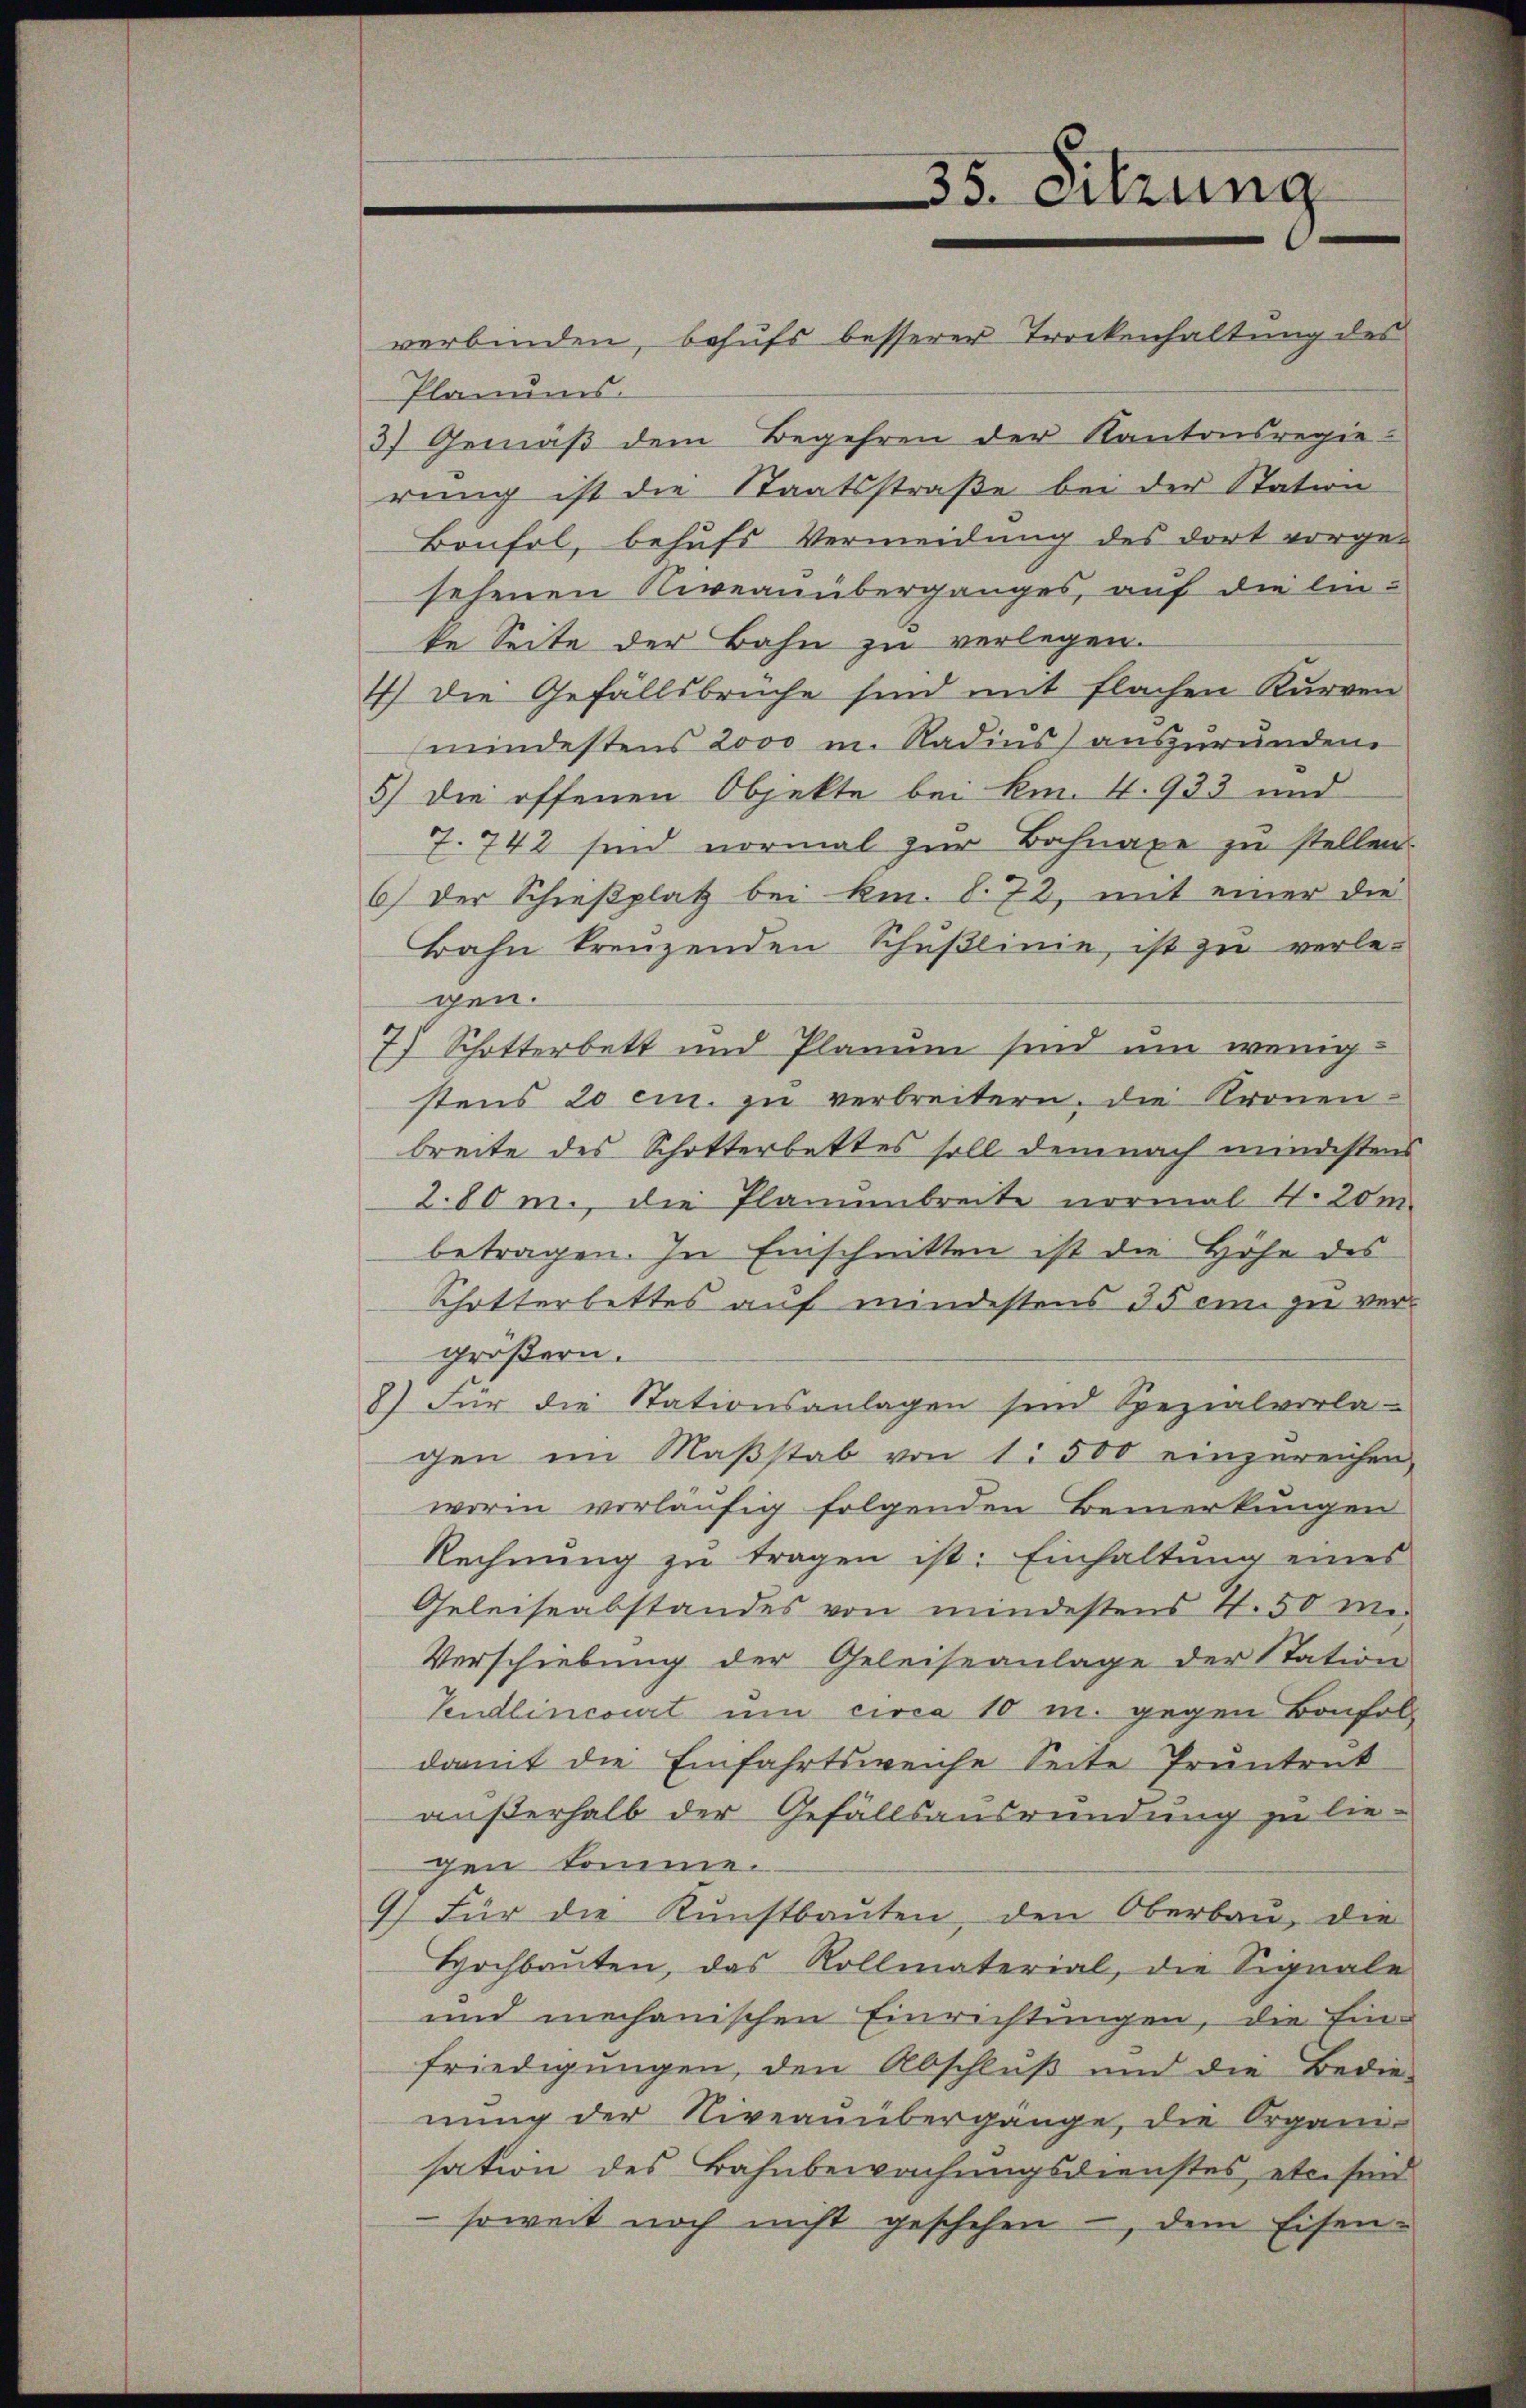
35. Sitzung

verbinden, behufs besserer Trockenhaltung des
Planums.
37 Gemäß dem Begehren der Kantonsregie-
rung ist die Staatsstraße bei der Station
Boufol, behufs Vermeidung des dort vorge-
sehenen Niveanüberganges, auf die linte Seite der Bahn zu verlegen.
4) Die Gefällsbrüche sind mit flachen Kurven
mindestens 2000 m. Nadius auszurundene
5) die offenen Objekte bei km. 4. 933 und
7. 742 sind normal zur Bahnaxe zu stellen.
6) Der Schießplatz bei km. S. 72, mit einer die
Bahn trenzenden Schußlinie, ist zu verlegen.
7) Schotterbett und Planum sind um wenigstens 20 cm. zu verbreitern, die Kronen-
breite des Schotterbettes soll demnach mindestens
280 m., die Planumbreite normal 4. 20m
betragen. In Einschnitten ist die Höhe des
Schotterbettes auf mindestens 35 ein zu vergrößern.
8) Für die Stationsanlagen sind Spezialvorla
gen im Maβstab von 1 500 einzureichen,
worin vorläufig folgenden Bemerkungen
Rechnung zu tragen ist: Einhaltung eines
Geleiseabstandes von mindestens 4.50 mi
Verschiebung der Geleiseanlage der Station
Vendlincourt um circa 10 m. gegen Bonfol
damit die Einfahrtsweiche Seite Pruntenk
außerhalb der Gefällsausründung zu liegen komme.
9) Für die Kunstbauten, den Oberbau, die
Hochbauten, das Rollmaterial, die Signale
und mechanischen Einrichtungen, die Ein-
friedigungen, den Abschluß und die Bedie-
nung der Niveauübergange, die Organi-
sation des Bahnbewachungsdienstes et sind
 soweit noch nicht geschehen -, dem Eisen-